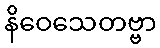
နိဝေသေတဗ္ဗာ